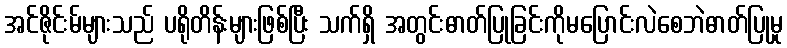
အင်ဇိုင်းမ်များသည် ပရိုတိန်းများဖြစ်ပြီး သက်ရှိ အတွင်းဓာတ်ပြုခြင်းကိုမပြောင်းလဲစေဘဲဓာတ်ပြုမှု